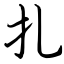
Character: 扎